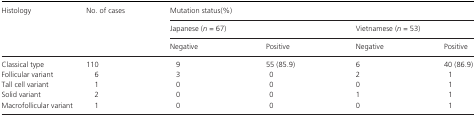
| <ROWSPAN=3> Histology | <ROWSPAN=3> No. of cases | <COLSPAN=4> Mutation status(%) |
 | <COLSPAN=2> Japanese (n = 67) | <COLSPAN=2> Vietnamese (n = 53) |
 | Negative | Positive | Negative | Positive |
 | --- | --- | --- | --- | --- | --- |
 | Classical type | 110 | 9 | 55 (85.9) | 6 | 40 (86.9) |
 | Follicular variant | 6 | 3 | 0 | 2 | 1 |
 | Tall cell variant | 1 | 0 | 0 | 0 | 1 |
 | Solid variant | 2 | 0 | 0 | 1 | 1 |
 | Macrofollicular variant | 1 | 0 | 0 | 0 | 1 |